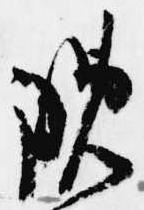
晩